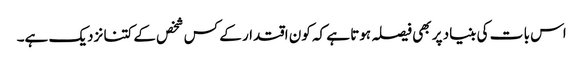
اس با ت کی بنیاد پر بھی فیصلہ ہوتا ہے کہ کون اقتدار کے کس شخص کے کتنا نزدیک ہے۔